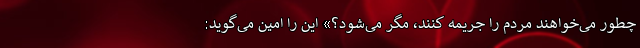
چطور می‌خواهند مردم را جریمه کنند، مگر می‌شود؟» این را امین می‌گوید: